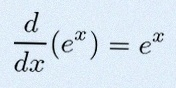
\frac{d}{dx}(e^x)=e^x